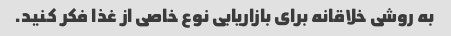
به روشی خلاقانه برای بازاریابی نوع خاصی از غذا فکر کنید.